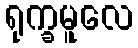
ရုက္ခမူလေ